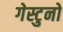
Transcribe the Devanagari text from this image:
गेस्टुनो